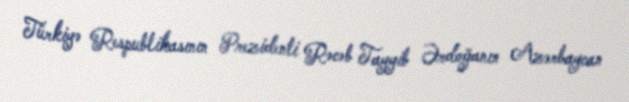
Türkiyə Respublikasının Prezidenti Rəcəb Tayyib Ərdoğanın Azərbaycan